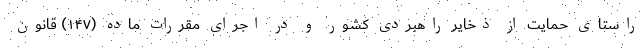
راستای حمایت از ذخایر راهبردی کشور و در اجرای مقررات ماده (۱۴۷) قانون